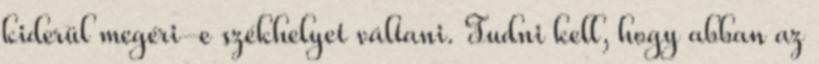
kiderül megéri-e székhelyet váltani. Tudni kell, hogy abban az